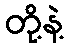
တို့နဲ့